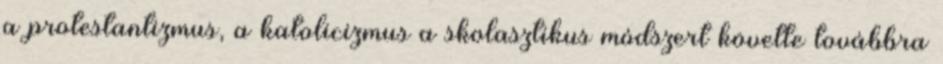
a protestantizmus, a katolicizmus a skolasztikus módszert követte továbbra